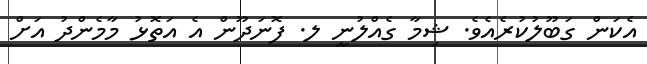
އެކަން ގަބޫލުކުރެއެވެ. ޝިމާ ގެއްލުނީ ލ. ފޮނަދޫން އެ އަތޮޅު މާމެންދު އަށް